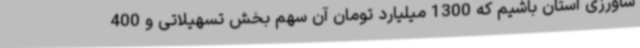
شاورزی استان باشیم که 1300 میلیارد تومان آن سهم بخش تسهیلاتی و 400